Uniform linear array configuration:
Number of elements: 4
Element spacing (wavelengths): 0.25
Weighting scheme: exponential
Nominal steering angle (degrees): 45
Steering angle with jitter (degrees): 44.014
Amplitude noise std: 0.05
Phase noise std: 0.05

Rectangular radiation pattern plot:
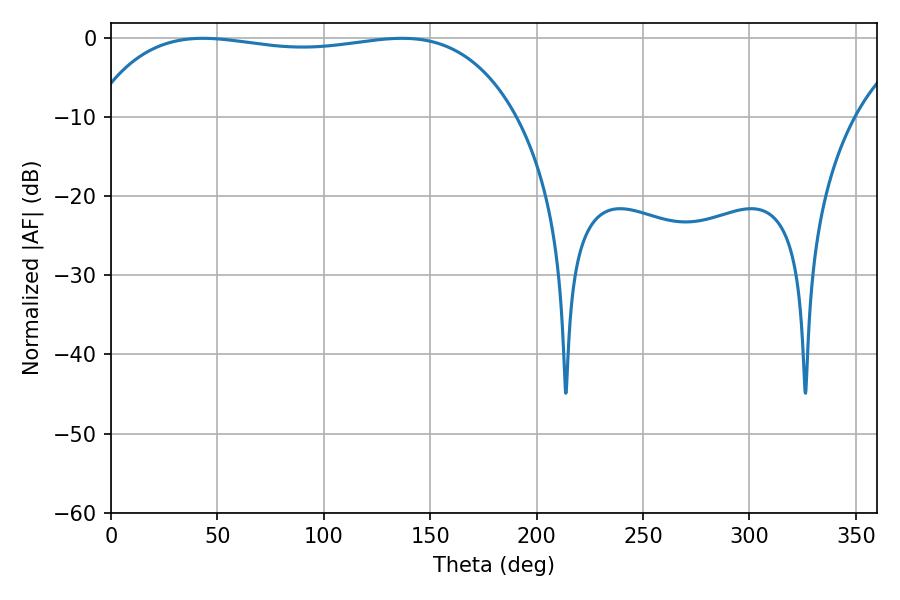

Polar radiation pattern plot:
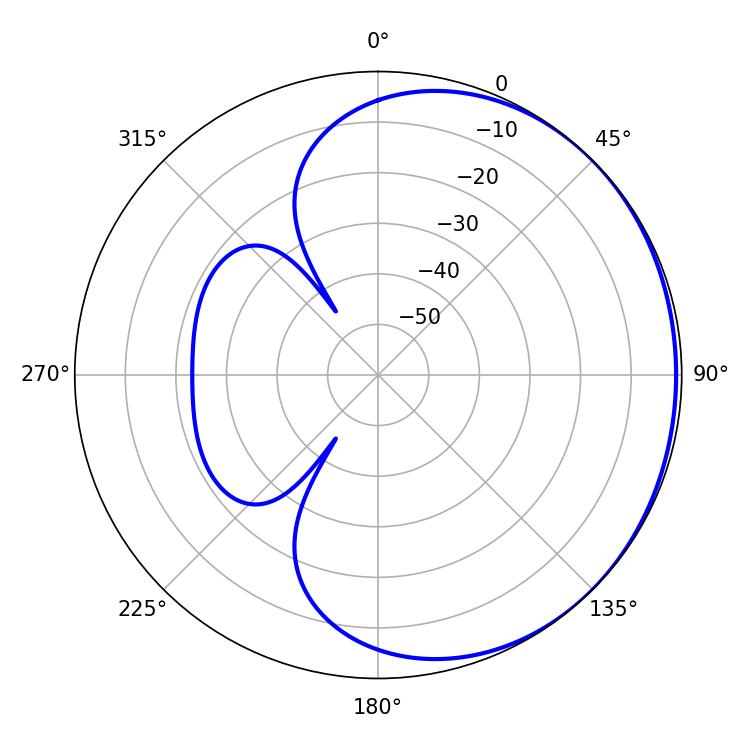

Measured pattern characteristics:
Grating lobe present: FALSE
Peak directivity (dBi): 0.6762
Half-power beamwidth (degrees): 159.84
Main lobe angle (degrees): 43.2